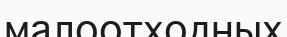
малоотходных